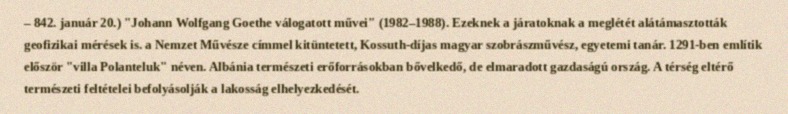
– 842. január 20.) "Johann Wolfgang Goethe válogatott művei" (1982–1988). Ezeknek a járatoknak a meglétét alátámasztották geofizikai mérések is. a Nemzet Művésze címmel kitüntetett, Kossuth-díjas magyar szobrászművész, egyetemi tanár. 1291-ben említik először "villa Polanteluk" néven. Albánia természeti erőforrásokban bővelkedő, de elmaradott gazdaságú ország. A térség eltérő természeti feltételei befolyásolják a lakosság elhelyezkedését.